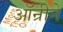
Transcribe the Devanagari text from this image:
ऑन्रीने